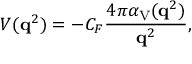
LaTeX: V ( { \bf q } ^ { 2 } ) = - C _ { F } \frac { 4 \pi \alpha _ { \mathrm { V } } ( { \bf q } ^ { 2 } ) } { { \bf q } ^ { 2 } } ,